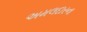
અમલદારના